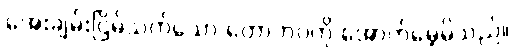
အေးချမ်းငြိမ်သက်သော တောဘဝကို အောက်မေ့မိသည်။